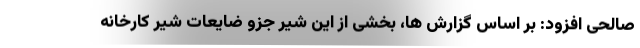
صالحی افزود: بر اساس گزارش ها، بخشی از این شیر جزو ضایعات شیر کارخانه